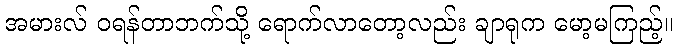
အမားလ် ဝရန်တာဘက်သို့ ရောက်လာတော့လည်း ချာရုက မော့မကြည့်။